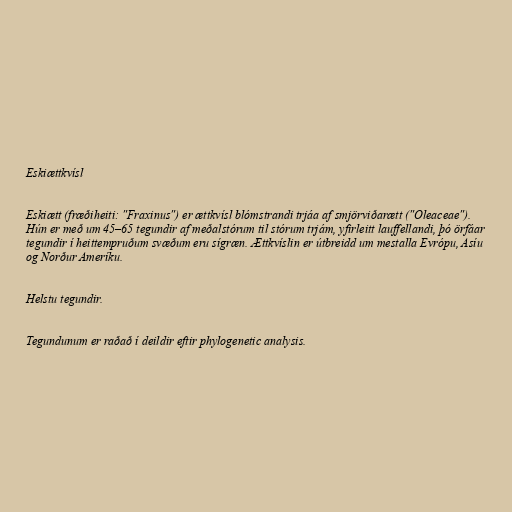
Eskiættkvísl

Eskiætt (fræðiheiti: "Fraxinus") er ættkvísl blómstrandi trjáa af smjörviðarætt ("Oleaceae").
Hún er með um 45–65 tegundir af meðalstórum til stórum trjám, yfirleitt lauffellandi, þó örfáar
tegundir í heittempruðum svæðum eru sígræn. Ættkvíslin er útbreidd um mestalla Evrópu, Asíu
og Norður Ameríku.

Helstu tegundir.

Tegundunum er raðað í deildir eftir phylogenetic analysis.